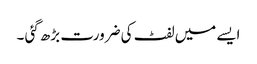
ایسے میں لفٹ کی ضرورت بڑھ گئی ۔